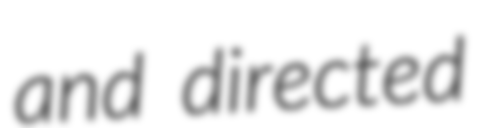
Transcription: and directed